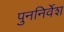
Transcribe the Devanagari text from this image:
पुननिर्वेश